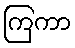
ကြကာ